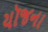
યૉજના